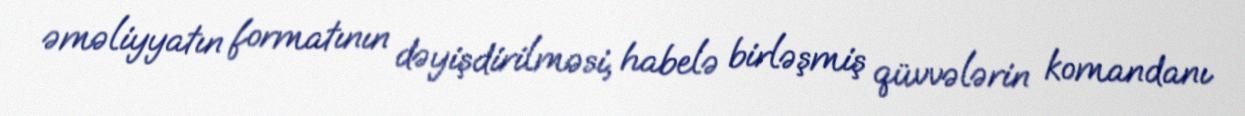
əməliyyatın formatının dəyişdirilməsi, habelə birləşmiş qüvvələrin komandanı